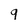
Character: 9